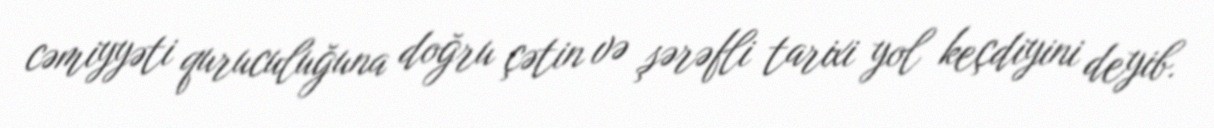
cəmiyyəti quruculuğuna doğru çətin və şərəfli tarixi yol keçdiyini deyib.